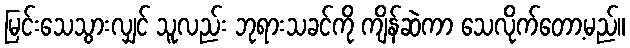
မြင်းသေသွားလျှင် သူလည်း ဘုရားသခင်ကို ကျိန်ဆဲကာ သေလိုက်တော့မည်။